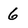
Character: 6